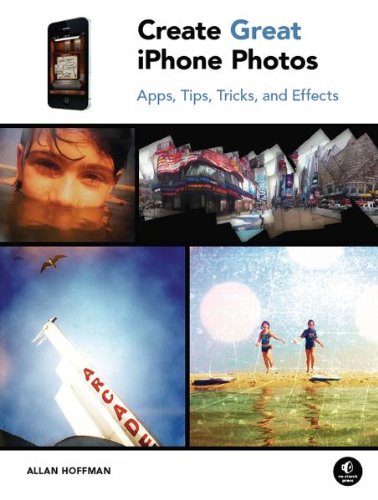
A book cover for Create Great iPhone Photos: Apps, Tips, Tricks, and Effects; Allan Hoffman; Computers & Technology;